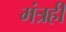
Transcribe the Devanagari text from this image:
मंत्रही